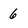
Character: 6